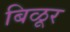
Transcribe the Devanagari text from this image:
बिळूर